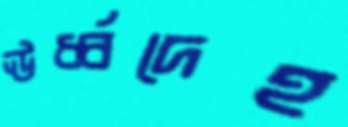
ঊর্ধ্বদেহ